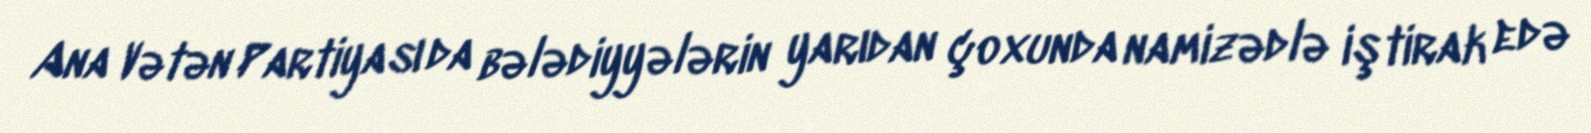
Ana Vətən Partiyası da bələdiyyələrin yarıdan çoxunda namizədlə iştirak edə